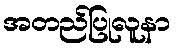
အတည်ပြုလူနာ